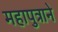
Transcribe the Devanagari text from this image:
महापुत्राने